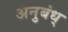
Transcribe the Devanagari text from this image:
अनुबंध्